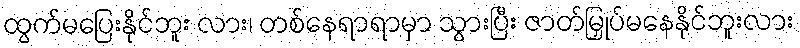
ထွက်မပြေးနိုင်ဘူး လား၊ တစ်နေရာရာမှာ သွားပြီး ဇာတ်မြှုပ်မနေနိုင်ဘူးလား